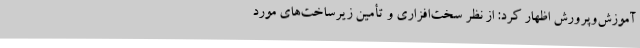
آموزش‌وپرورش اظهار کرد: از نظر سخت‌افزاری و تأمین زیرساخت‌های مورد